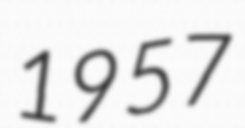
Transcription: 1957